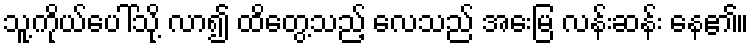
သူ့ကိုယ်ပေါ်သို့ လာ၍ ထိတွေ့သည့် လေသည် အေးမြ လန်းဆန်း နေ၏။